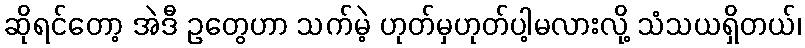
ဆိုရင်တော့ အဲဒီ ဥတွေဟာ သက်မဲ့ ဟုတ်မှဟုတ်ပါ့မလားလို့ သံသယရှိတယ်၊